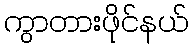
ကွာတားဖိုင်နယ်